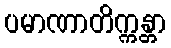
ပမာဏာတိက္ကန္တာ